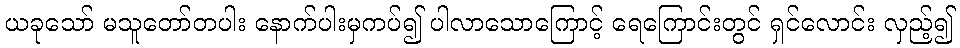
ယခုသော် မသူတော်တပါး နောက်ပါးမှကပ်၍ ပါလာသောကြောင့် ရေကြောင်းတွင် ရှင်လောင်း လှည့်၍